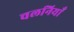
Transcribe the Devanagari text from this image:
चलनियाँ